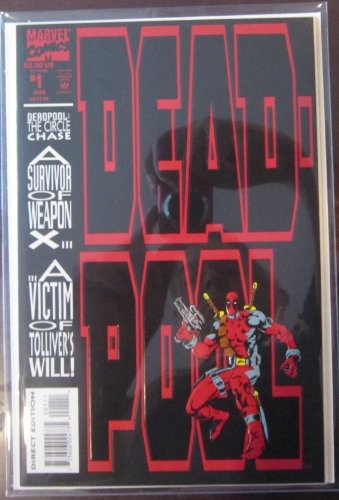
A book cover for DEADPOOL #1, (The Circle Chase Round 1), August 1993 (VOLUME 1); Chris Eliopoulos, Glynis Oliver Mark Farmer; Comics & Graphic Novels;